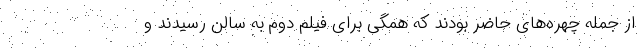
از جمله چهره‌های حاضر بودند که همگی برای فیلم دوم به سالن رسیدند و